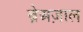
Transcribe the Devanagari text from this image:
ब्रेअज़ाल